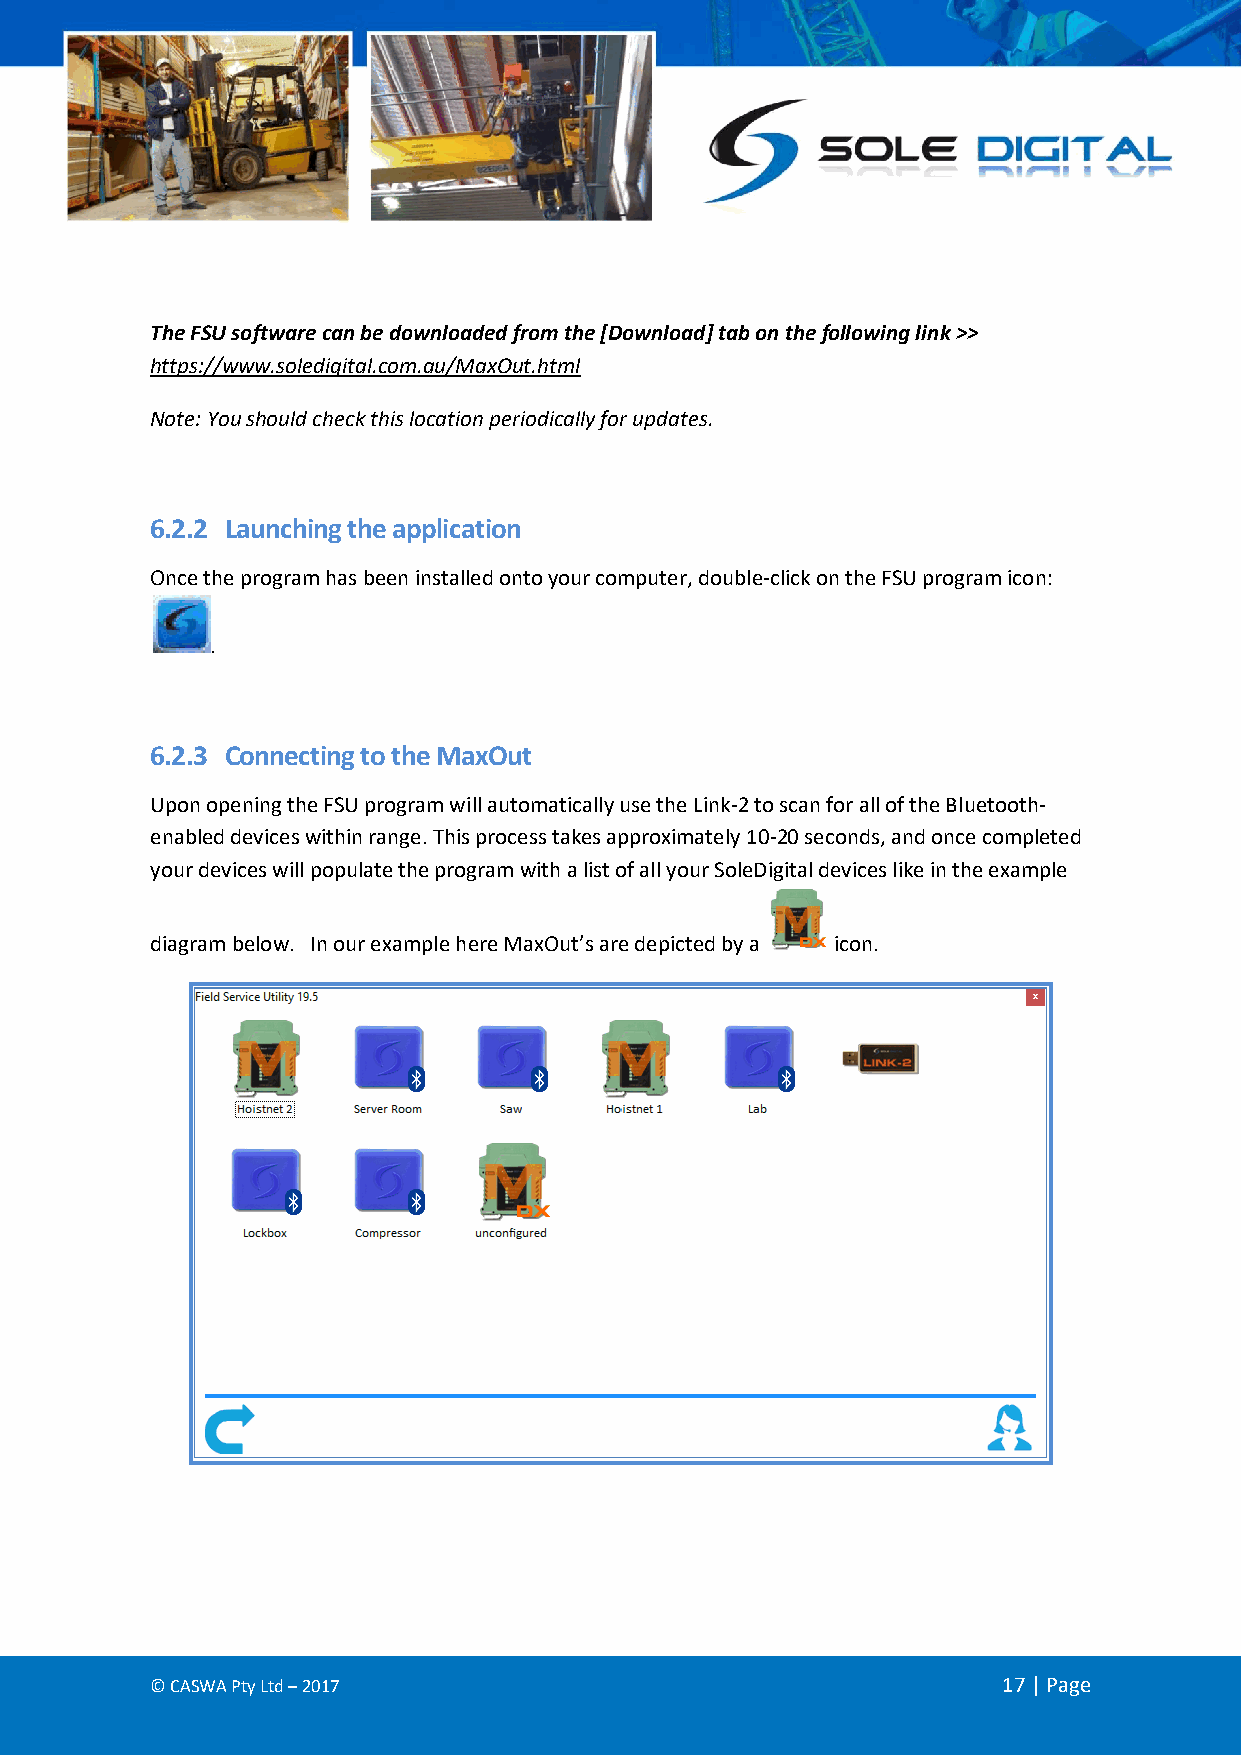
The FSU software can be downloaded from the [Download] tab on the following link >>
 https://www.soledigital.com.au/MaxOut.html
 Note: You should check this location periodically for updates.
 6.2.2 Launching the application
 Once the program has been installed onto your computer, double-click on the FSU program icon:
 .
 6.2.3 Connecting to the MaxOut
 Upon opening the FSU program will automatically use the Link-2 to scan for all of the Bluetooth-
 enabled devices within range. This process takes approximately 10-20 seconds, and once completed
 your devices will populate the program with a list of all your SoleDigital devices like in the example
 diagram below. In our example here MaxOut’s are depicted by a icon.
 © CASWA Pty Ltd – 2017                                  17 | Page